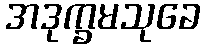
အဒုက္ခမသုခေ